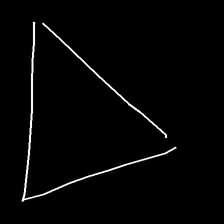
Glyph: convergence